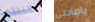
ظننتها ياصاحبي